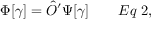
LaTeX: \Phi [ \gamma ] = { \hat { O } } ^ { \prime } \Psi [ \gamma ] \qquad E q \; 2 ,